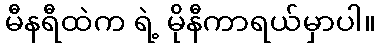
မီနရီထဲက ရဲ့ မိုနီကာရယ်မှာပါ။